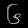
Digit: ၆